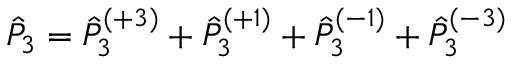
\hat { P } _ { 3 } = \hat { P } _ { 3 } ^ { ( + 3 ) } + \hat { P } _ { 3 } ^ { ( + 1 ) } + \hat { P } _ { 3 } ^ { ( - 1 ) } + \hat { P } _ { 3 } ^ { ( - 3 ) }